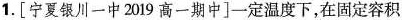
1.[宁夏银川一中2019高一期中]一定温度下，在固定容积